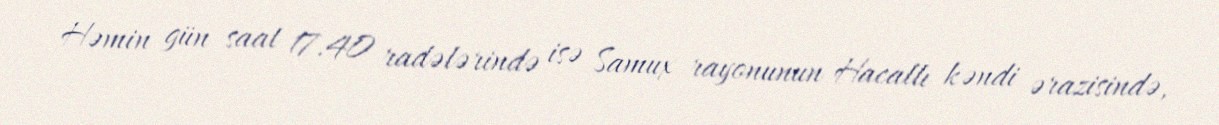
Həmin gün saat 17.40 radələrində isə Samux rayonunun Hacallı kəndi ərazisində,